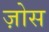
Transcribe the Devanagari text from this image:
ज़ोस